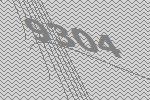
9304